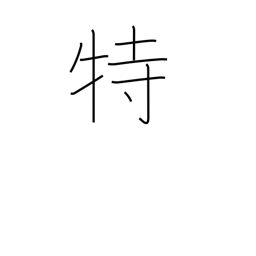
Meaning: special